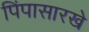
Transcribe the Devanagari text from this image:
पिंपासारखे